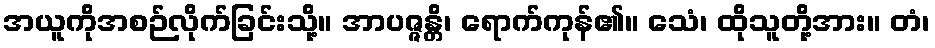
အယူကိုအစဉ်လိုက်ခြင်းသို့။ အာပဇ္ဇန္တိ၊ ရောက်ကုန်၏။ သေံ၊ ထိုသူတို့အား။ တံ၊